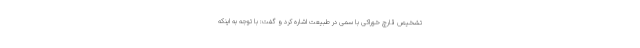
تشخیص قارچ خوراکی با سمی در طبیعت اشاره کرد و گفت: با توجه به اینکه